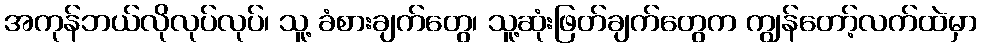
အကုန်ဘယ်လိုလုပ်လုပ်၊ သူ့ ခံစားချက်တွေ၊ သူ့ဆုံးဖြတ်ချက်တွေက ကျွန်တော့်လက်ထဲမှာ